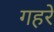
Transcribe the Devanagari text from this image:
गहरें